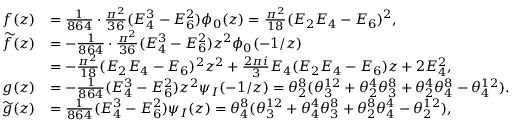
\begin{array} { r l } { f ( z ) } & { = \frac { 1 } { 8 6 4 } \cdot \frac { \pi ^ { 2 } } { 3 6 } ( E _ { 4 } ^ { 3 } - E _ { 6 } ^ { 2 } ) \phi _ { 0 } ( z ) = \frac { \pi ^ { 2 } } { 1 8 } ( E _ { 2 } E _ { 4 } - E _ { 6 } ) ^ { 2 } , } \\ { \widetilde { f } ( z ) } & { = - \frac { 1 } { 8 6 4 } \cdot \frac { \pi ^ { 2 } } { 3 6 } ( E _ { 4 } ^ { 3 } - E _ { 6 } ^ { 2 } ) z ^ { 2 } \phi _ { 0 } ( - 1 / z ) } \\ & { = - \frac { \pi ^ { 2 } } { 1 8 } ( E _ { 2 } E _ { 4 } - E _ { 6 } ) ^ { 2 } z ^ { 2 } + \frac { 2 \pi i } { 3 } E _ { 4 } ( E _ { 2 } E _ { 4 } - E _ { 6 } ) z + 2 E _ { 4 } ^ { 2 } , } \\ { g ( z ) } & { = - \frac { 1 } { 8 6 4 } ( E _ { 4 } ^ { 3 } - E _ { 6 } ^ { 2 } ) z ^ { 2 } \psi _ { I } ( - 1 / z ) = \theta _ { 2 } ^ { 8 } ( \theta _ { 3 } ^ { 1 2 } + \theta _ { 2 } ^ { 4 } \theta _ { 3 } ^ { 8 } + \theta _ { 2 } ^ { 4 } \theta _ { 4 } ^ { 8 } - \theta _ { 4 } ^ { 1 2 } ) . } \\ { \widetilde { g } ( z ) } & { = \frac { 1 } { 8 6 4 } ( E _ { 4 } ^ { 3 } - E _ { 6 } ^ { 2 } ) \psi _ { I } ( z ) = \theta _ { 4 } ^ { 8 } ( \theta _ { 3 } ^ { 1 2 } + \theta _ { 4 } ^ { 4 } \theta _ { 3 } ^ { 8 } + \theta _ { 2 } ^ { 8 } \theta _ { 4 } ^ { 4 } - \theta _ { 2 } ^ { 1 2 } ) , } \end{array}